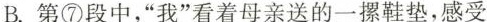
B.第⑦段中，“我”看着母亲送的一摞鞋垫，感受